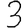
Digit: 3